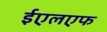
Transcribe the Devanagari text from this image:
ईएलएफ